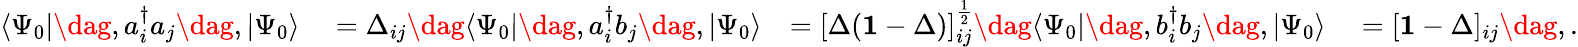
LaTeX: \begin{array}{rlrl}{\langle\Psi_{0}|\dag,a_{i}^{\dagger}a_{j}\dag,|\Psi_{0}\rangle}&{{}=\Delta_{ij}\dag\langle\Psi_{0}|\dag,a_{i}^{\dagger}b_{j}\dag,|\Psi_{0}\rangle}&{=[\Delta(\mathbf{1}-\Delta)]_{ij}^{\frac{1}{2}}\dag\langle\Psi_{0}|\dag,b_{i}^{\dagger}b_{j}\dag,|\Psi_{0}\rangle}&{{}=[\mathbf{1}-\Delta]_{ij}\dag,.}\end{array}